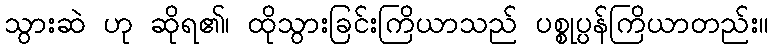
သွားဆဲ ဟု ဆိုရ၏၊ ထိုသွားခြင်းကြိယာသည် ပစ္စုပ္ပန်ကြိယာတည်း။